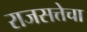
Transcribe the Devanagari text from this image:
राजसत्तेचा